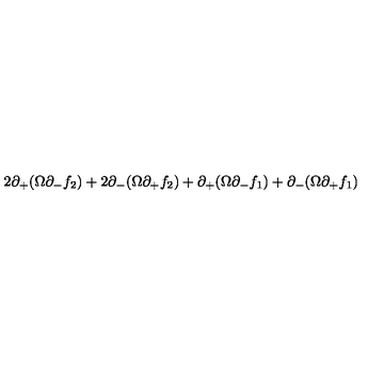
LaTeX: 2 \partial _ { + } ( \Omega \partial _ { - } f _ { 2 } ) + 2 \partial _ { - } ( \Omega \partial _ { + } f _ { 2 } ) + \partial _ { + } ( \Omega \partial _ { - } f _ { 1 } ) + \partial _ { - } ( \Omega \partial _ { + } f _ { 1 } )